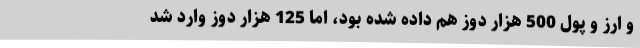
و ارز و پول 500 هزار دوز هم داده شده بود، اما 125 هزار دوز وارد شد